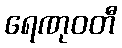
ရေဏုဝတီ